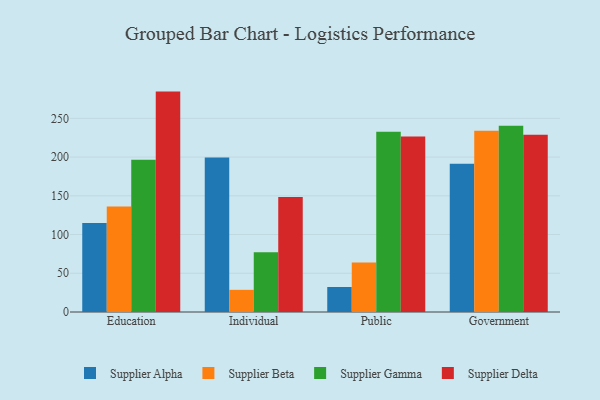
{"axis": {"x": "Segment", "y": "Headcount"}, "legend": ["Supplier Alpha", "Supplier Beta", "Supplier Delta", "Supplier Gamma"], "data": [{"x": "Education", "y": 114.9, "type": "Supplier Alpha"}, {"x": "Education", "y": 136.1, "type": "Supplier Beta"}, {"x": "Education", "y": 196.5, "type": "Supplier Gamma"}, {"x": "Education", "y": 284.5, "type": "Supplier Delta"}, {"x": "Individual", "y": 199.3, "type": "Supplier Alpha"}, {"x": "Individual", "y": 28.6, "type": "Supplier Beta"}, {"x": "Individual", "y": 77.0, "type": "Supplier Gamma"}, {"x": "Individual", "y": 148.5, "type": "Supplier Delta"}, {"x": "Public", "y": 32.3, "type": "Supplier Alpha"}, {"x": "Public", "y": 63.8, "type": "Supplier Beta"}, {"x": "Public", "y": 232.8, "type": "Supplier Gamma"}, {"x": "Public", "y": 226.6, "type": "Supplier Delta"}, {"x": "Government", "y": 191.5, "type": "Supplier Alpha"}, {"x": "Government", "y": 233.9, "type": "Supplier Beta"}, {"x": "Government", "y": 240.3, "type": "Supplier Gamma"}, {"x": "Government", "y": 228.7, "type": "Supplier Delta"}]}